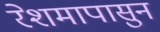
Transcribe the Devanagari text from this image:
रेशमापासुन